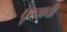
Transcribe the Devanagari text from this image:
पृष्ठाची